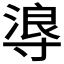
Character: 𭔻